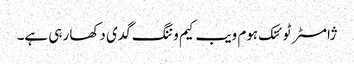
ژامسٹر ٹوئنک ہوم ویب کیم وننگ گدی دکھا رہی ہے۔